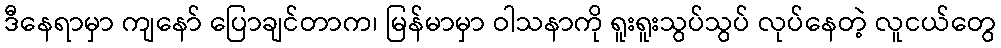
ဒီနေရာမှာ ကျနော် ပြောချင်တာက၊ မြန်မာမှာ ဝါသနာကို ရူးရူးသွပ်သွပ် လုပ်နေတဲ့ လူငယ်တွေ